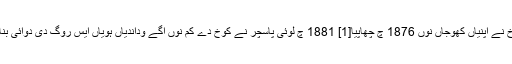
کوخ نے اپنیاں کھوجاں نوں 1876 چ چھاپیا[1] 1881 چ لوئی پاسچر نے کوخ دے کم نوں اگے وداندیاں ہویاں ایس روگ دی دوائی بنائی۔